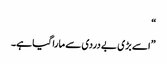
“
”اسے بڑی بے دردی سے مارا گیا ہے۔